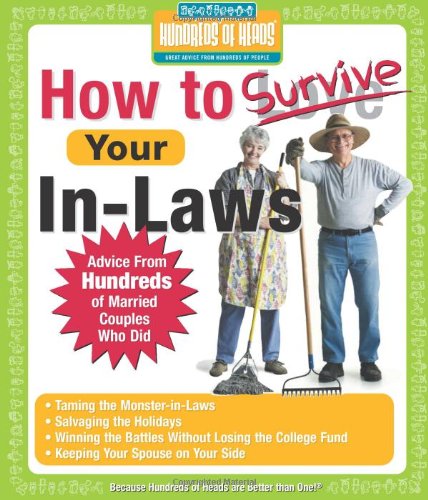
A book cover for How to Survive Your In-Laws: Advice from Hundreds of Married Couples Who Did (Hundreds of Heads Survival Guides); Hundreds Of Heads; Parenting & Relationships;